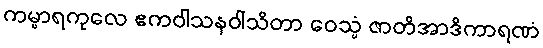
ကမ္မာရကုလေ ဧကဝါသနဝါသိတာ ဝေသ္မံ ဇာတိအာဒိကာရဏံ